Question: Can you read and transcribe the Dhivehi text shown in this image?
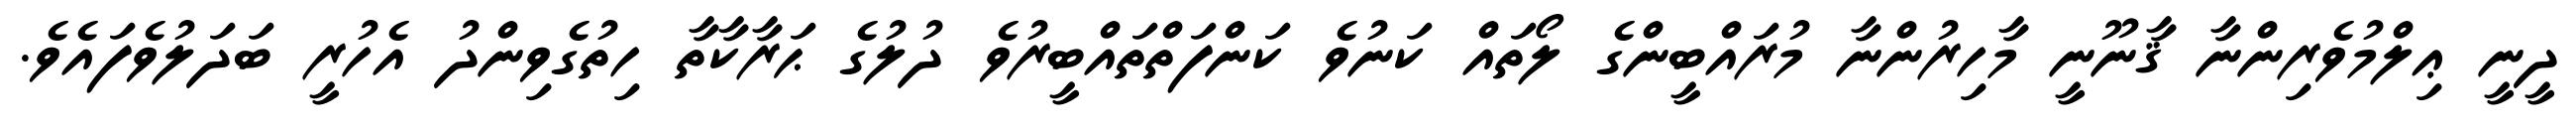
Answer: ދީނީ ޢިލްމުވެރިންނާ ޤާނޫނީ މާހިރުންނާ މުރައްބީންގެ ލޯތައް ކަނުވެ ކަންފަތްތައްބީރުވެ ދުލުގެ ޙަރާކާތާ ހިތުގެވިންދު އެހުރީ ބަދަލުވެފައެވެ.